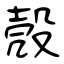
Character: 殼